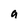
Character: a